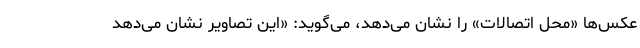
عکس‌ها «محل اتصالات» را نشان می‌دهد، می‌گوید: «این تصاویر نشان می‌دهد